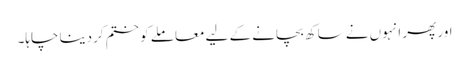
اور پھر انہوں نے ساکھ بچانے کے لیے معاملے کو ختم کردینا چاہا۔